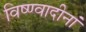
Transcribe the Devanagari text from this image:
विष्ण्वादीनां